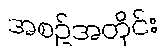
အစဉ်အတိုင်း